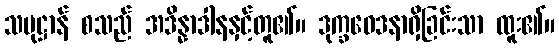
သမုဋ္ဌာန် စသည် အဒိန္နာဒါနနှင့်တူ၏။ ဒုက္ခဝေဒနာရှိခြင်းသာ ထူး၏။